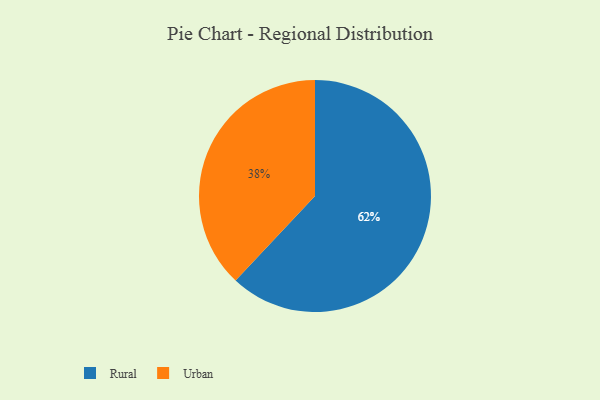
{"axis": {"x": "Category", "y": "Percentage"}, "legend": ["Rural", "Urban"], "data": [{"x": "Rural", "y": 62, "type": "Rural"}, {"x": "Urban", "y": 38, "type": "Urban"}]}